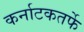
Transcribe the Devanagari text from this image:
कर्नाटकतर्फे